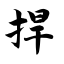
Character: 捍